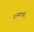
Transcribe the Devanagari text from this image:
रत्नगर्भ।